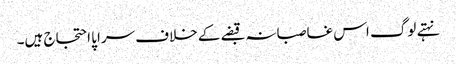
نہتے لوگ اس غاصبانہ قبضے کے خلاف سراپا احتجاج ہیں۔